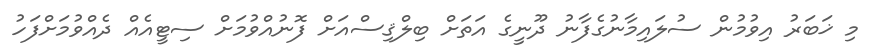
މި ޚަބަރު އިވުމުން ސުލައިމާނުގެފާނު ދޫނީގެ އަތަށް ބިލްޤިސްއަށް ފޮނުއްވުމަށް ސިޓީއެއް ދެއްވުމަށްފަހު